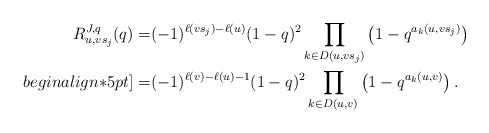
\begin{align*}R_{u,vs_j}^{J,q}(q)=& (-1)^{\ell(vs_j)-\ell(u)}(1-q)^2\prod_{k\in D(u,vs_j)}\left(1-q^{a_k(u,vs_j)}\right)\\begin{align*}5pt]=& (-1)^{\ell(v)-\ell(u)-1}(1-q)^2\prod_{k\in D(u,v)}\left(1-q^{a_k(u,v)}\right).\end{align*}